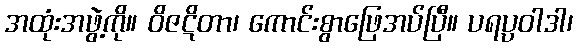
အထုံးအဖွဲ့ကို။ ဝိဇဋိတာ၊ ကောင်းစွာဖြေအပ်ပြီ။ ပရပ္ပဝါဒါ၊